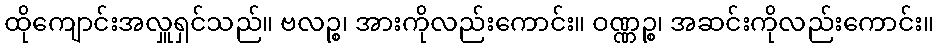
ထိုကျောင်းအလှူရှင်သည်။ ဗလဉ္စ၊ အားကိုလည်းကောင်း။ ဝဏ္ဏဉ္စ၊ အဆင်းကိုလည်းကောင်း။